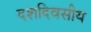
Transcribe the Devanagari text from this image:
दशदिवसीय